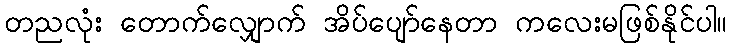
တညလုံး တောက်လျှောက် အိပ်ပျော်နေတာ ကလေးမဖြစ်နိုင်ပါ။